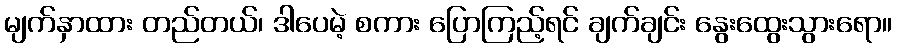
မျက်နှာထား တည်တယ်၊ ဒါပေမဲ့ စကား ပြောကြည့်ရင် ချက်ချင်း နွေးထွေးသွားရော။